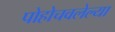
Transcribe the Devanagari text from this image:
पोहोचवलेल्या